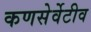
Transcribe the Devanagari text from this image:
कणसेर्वेटीव